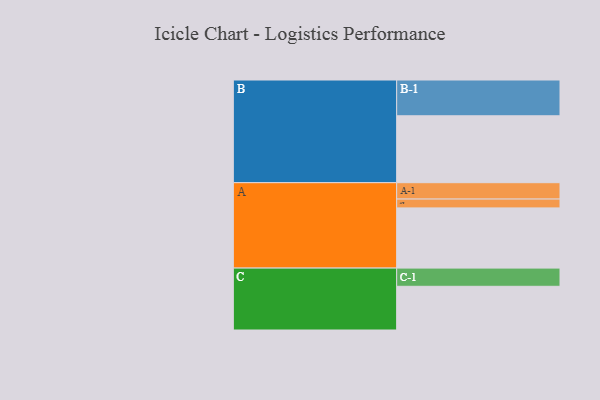
{"axis": {"x": "Segment", "y": "Value"}, "legend": ["", "A", "B", "C"], "data": [{"x": "A", "y": 456, "type": ""}, {"x": "B", "y": 507, "type": ""}, {"x": "C", "y": 331, "type": ""}, {"x": "A-1", "y": 124, "type": "A"}, {"x": "A-2", "y": 67, "type": "A"}, {"x": "B-1", "y": 271, "type": "B"}, {"x": "C-1", "y": 138, "type": "C"}]}